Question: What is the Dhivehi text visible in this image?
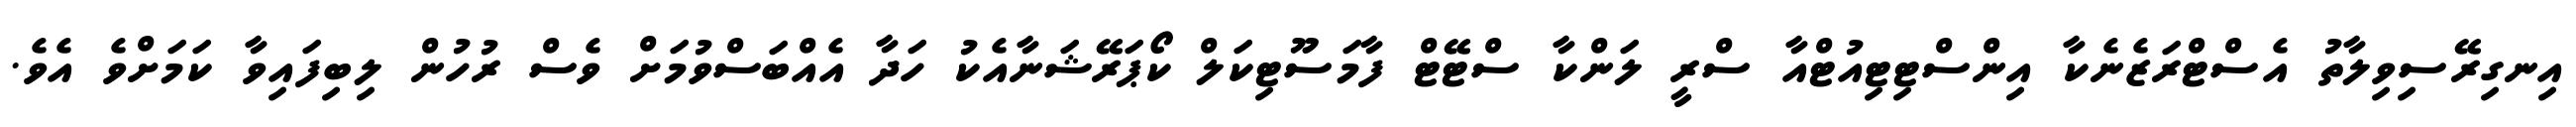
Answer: އިނގިރޭސިވިލާތު އެސްޓްރަޒެނެކާ އިންސްޓިޓިއުޓްއާ ސްރީ ލަންކާ ސްޓޭޓް ފާމަސޫޓިކަލް ކޯޕަރޭޝަނާއެކު ހަދާ އެއްބަސްވުމަށް ވެސް ރުހުން ލިބިފައިވާ ކަމަށްވެ އެވެ.